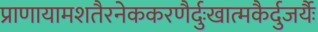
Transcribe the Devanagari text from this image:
प्राणायामशतैरनेककरणैर्दुःखात्मकैर्दुजर्यैः